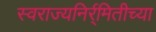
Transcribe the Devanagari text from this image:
स्वराज्यनिर्र्मितीच्या